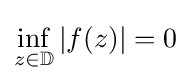
\inf _{z\in \mathbb {D} }|f(z)|=0